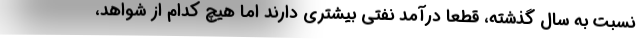
نسبت به سال گذشته، قطعا درآمد نفتی بیشتری دارند اما هیچ كدام از شواهد،